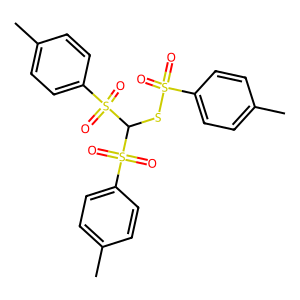
SMILES: Cc1ccc(S(=O)(=O)SC(S(=O)(=O)c2ccc(C)cc2)S(=O)(=O)c2ccc(C)cc2)cc1
Inhibits HIV replication: No